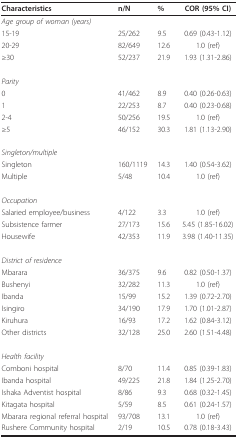
<table><thead><tr><td><b>Characteristics</b></td><td><b>n/N</b></td><td><b>%</b></td><td><b>COR (95% CI)</b></td></tr></thead><tbody><tr><td><i>Age group of woman (years)</i></td><td></td><td></td><td></td></tr><tr><td>15-19</td><td>25/262</td><td>9.5</td><td>0.69 (0.43-1.12)</td></tr><tr><td>20-29</td><td>82/649</td><td>12.6</td><td>1.0 (ref)</td></tr><tr><td>≥30</td><td>52/237</td><td>21.9</td><td>1.93 (1.31-2.86)</td></tr><tr><td><i>Parity</i></td><td></td><td></td><td></td></tr><tr><td>0</td><td>41/462</td><td>8.9</td><td>0.40 (0.26-0.63)</td></tr><tr><td>1</td><td>22/253</td><td>8.7</td><td>0.40 (0.23-0.68)</td></tr><tr><td>2-4</td><td>50/256</td><td>19.5</td><td>1.0 (ref)</td></tr><tr><td>≥5</td><td>46/152</td><td>30.3</td><td>1.81 (1.13-2.90)</td></tr><tr><td><i>Singleton/multiple</i></td><td></td><td></td><td></td></tr><tr><td>Singleton</td><td>160/1119</td><td>14.3</td><td>1.40 (0.54-3.62)</td></tr><tr><td>Multiple</td><td>5/48</td><td>10.4</td><td>1.0 (ref)</td></tr><tr><td><i>Occupation </i></td><td></td><td></td><td></td></tr><tr><td>Salaried employee/business</td><td>4/122</td><td>3.3</td><td>1.0 (ref)</td></tr><tr><td>Subsistence farmer</td><td>27/173</td><td>15.6</td><td>5.45 (1.85-16.02)</td></tr><tr><td>Housewife</td><td>42/353</td><td>11.9</td><td>3.98 (1.40-11.35)</td></tr><tr><td><i>District of residence</i></td><td></td><td></td><td></td></tr><tr><td>Mbarara</td><td>36/375</td><td>9.6</td><td>0.82 (0.50-1.37)</td></tr><tr><td>Bushenyi</td><td>32/282</td><td>11.3</td><td>1.0 (ref)</td></tr><tr><td>Ibanda</td><td>15/99</td><td>15.2</td><td>1.39 (0.72-2.70)</td></tr><tr><td>Isingiro</td><td>34/190</td><td>17.9</td><td>1.70 (1.01-2.87)</td></tr><tr><td>Kiruhura</td><td>16/93</td><td>17.2</td><td>1.62 (0.84-3.12)</td></tr><tr><td>Other districts</td><td>32/128</td><td>25.0</td><td>2.60 (1.51-4.48)</td></tr><tr><td><i>Health facility </i></td><td></td><td></td><td></td></tr><tr><td>Comboni hospital</td><td>8/70</td><td>11.4</td><td>0.85 (0.39-1.83)</td></tr><tr><td>Ibanda hospital</td><td>49/225</td><td>21.8</td><td>1.84 (1.25-2.70)</td></tr><tr><td>Ishaka Adventist hospital</td><td>8/86</td><td>9.3</td><td>0.68 (0.32-1.45)</td></tr><tr><td>Kitagata hospital</td><td>5/59</td><td>8.5</td><td>0.61 (0.24-1.57)</td></tr><tr><td>Mbarara regional referral hospital</td><td>93/708</td><td>13.1</td><td>1.0 (ref)</td></tr><tr><td>Rushere Community hospital</td><td>2/19</td><td>10.5</td><td>0.78 (0.18-3.43)</td></tr></tbody></table>